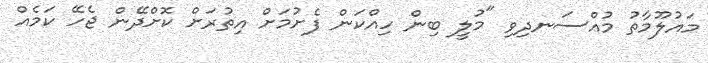
މައުލޫމާތު މުއްސަނދިވި "މުލީ ބިން ހިއްކަން ފެށުމަށް އިތުރަށް ކޮށްދޭން ޖެހޭ ކަމެއް